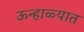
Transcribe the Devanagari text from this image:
ऊन्हाळ्यात